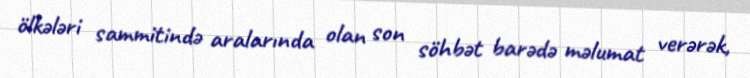
ölkələri sammitində aralarında olan son söhbət barədə məlumat verərək,